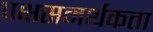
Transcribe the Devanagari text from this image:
पक्षसमर्थकता